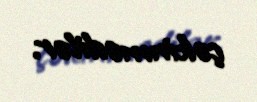
çəkinmədilər.